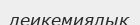
леикемиялык